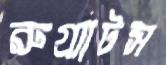
রুগ্র্যাটস